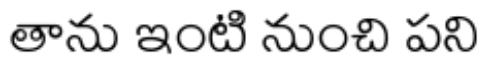
తాను ఇంటి నుంచి పని